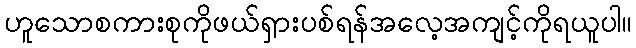
ဟူသောစကားစုကိုဖယ်ရှားပစ်ရန်အလေ့အကျင့်ကိုရယူပါ။